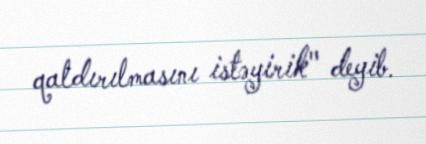
qaldırılmasını istəyirik" deyib.